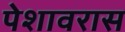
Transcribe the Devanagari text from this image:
पेशावरास